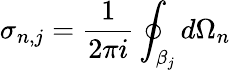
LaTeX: \sigma_{n,j}=\frac{1}{2\pi i}\oint_{\beta_{j}}d\Omega_{n}